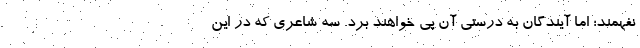
نفهمند؛ اما آیندگان به درستی آن پی خواهند برد. سه شاعری که در این